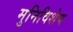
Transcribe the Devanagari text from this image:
मुनिविशेष